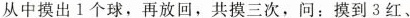
从中摸出1个球，再放回，共摸三次，问：摸到3红、